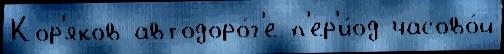
Кор'яков автодоро́г'е п'ер'и́од часово́й